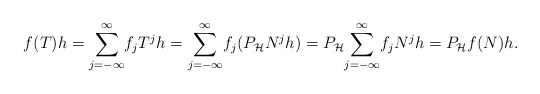
\begin{align*}f(T)h=\overset{\infty}{\underset{j=-\infty}{\sum}}f_jT^jh=\overset{\infty}{\underset{j=-\infty}{\sum}}f_j(P_\mathcal{H}N^jh)=P_\mathcal{H}\overset{\infty}{\underset{j=-\infty}{\sum}}f_jN^jh=P_\mathcal{H}f(N)h.\end{align*}